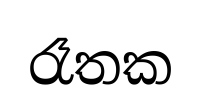
රෑතක